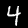
Digit: 4